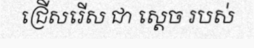
ជ្រើសរើស ជា ស្តេច របស់